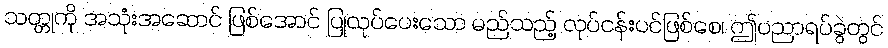
သတ္တုကို အသုံးအဆောင် ဖြစ်အောင် ပြုလုပ်ပေးသော မည်သည့် လုပ်ငန်းပင်ဖြစ်စေ၊ ဤပညာရပ်ခွဲတွင်